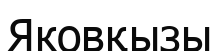
Яковқызы